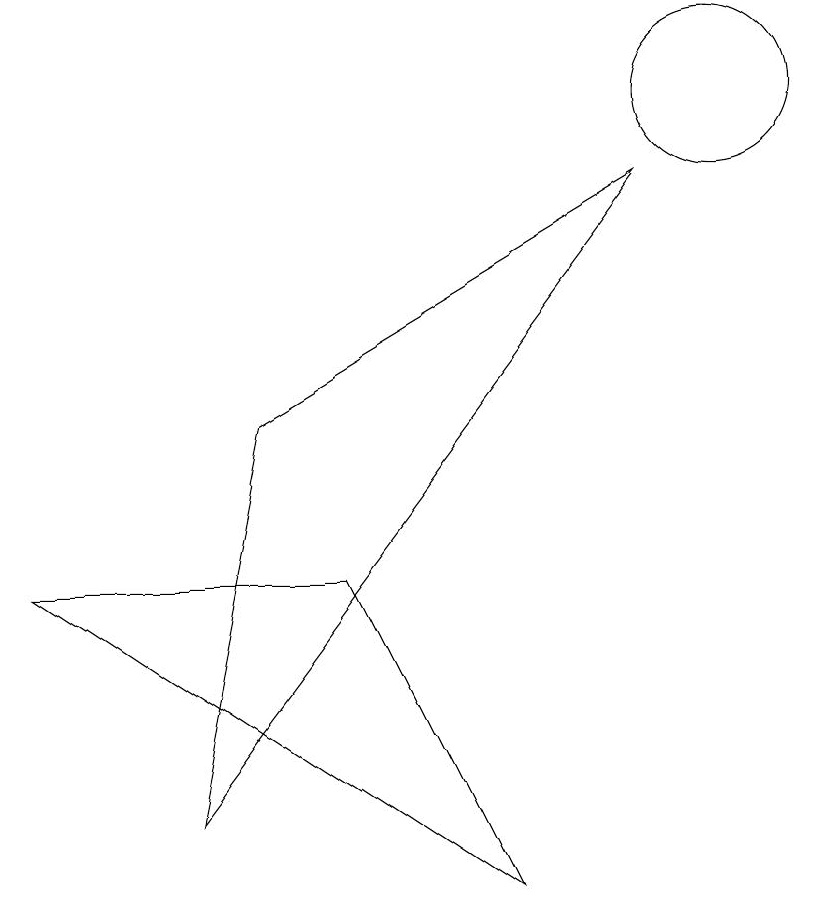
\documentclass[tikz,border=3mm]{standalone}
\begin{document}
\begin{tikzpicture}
\draw (10,10) circle (1);
\draw (7,0) -- (5,4) -- (1,4) -- cycle;
\draw (9,9) -- (4,6) -- (3,1) -- cycle;
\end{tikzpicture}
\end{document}